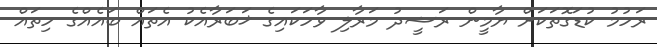
ރަހުމު ކުޑަގޮތަކަށް ޔާމީން ރަޝީދު މަރާލި ވާހަކައިގެ ޚަބަރާއެކު އެތައް ބައެއްގެ ހިތައް